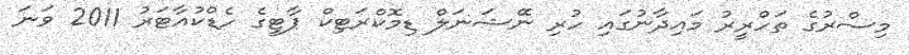
މިސްރުގެ ތަހްރީރު މައިދާނުގައި ހުރި ނޭޝަނަލް ޑިމޮކްރަޓިކް ޕާޓީގެ ހެޑްކުއާޓަރު 2011 ވަނަ